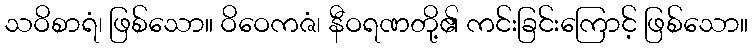
သဝိစာရံ၊ ဖြစ်သော။ ဝိဝေကဇံ၊ နီဝရဏတို့၏ ကင်းခြင်းကြောင့် ဖြစ်သော။